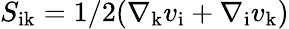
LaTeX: S_{\mathrm{ik}}=1/2(\nabla_{\mathrm{k}}v_{\mathrm{i}}+\nabla_{\mathrm{i}}v_{\mathrm{k}})